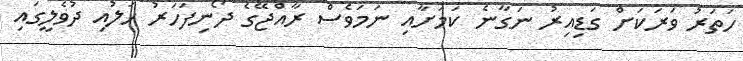
ހަތަރު ވަރަކަށް ގަޑިއިރު ނަގާނެ ކަމަށާއި ނަމަވެސް ރާއްޖޭގެ ދޯނިފަހަރު ހަލުއި ދުވެލީގައި